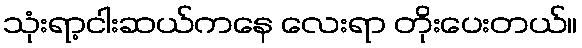
သုံးရာ့ငါးဆယ်ကနေ လေးရာ တိုးပေးတယ်။